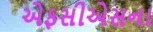
એફસીએસના